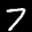
Label: 7